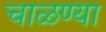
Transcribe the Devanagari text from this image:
चाळण्या